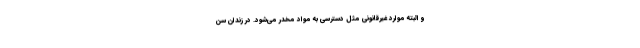
و البته موارد غیرقانونی مثل دسترسی به مواد مخدر می‌شود. در زندان سن